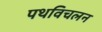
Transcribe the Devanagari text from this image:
पथविचलन